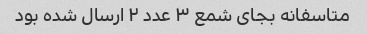
متاسفانه بجای شمع ٣ عدد ٢ ارسال شده بود